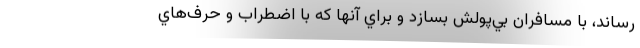
رساند، با مسافران بي‌پولش بسازد و براي آنها كه با اضطراب و حرف‌هاي